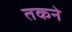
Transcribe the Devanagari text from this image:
तकने